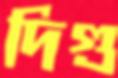
দিগু